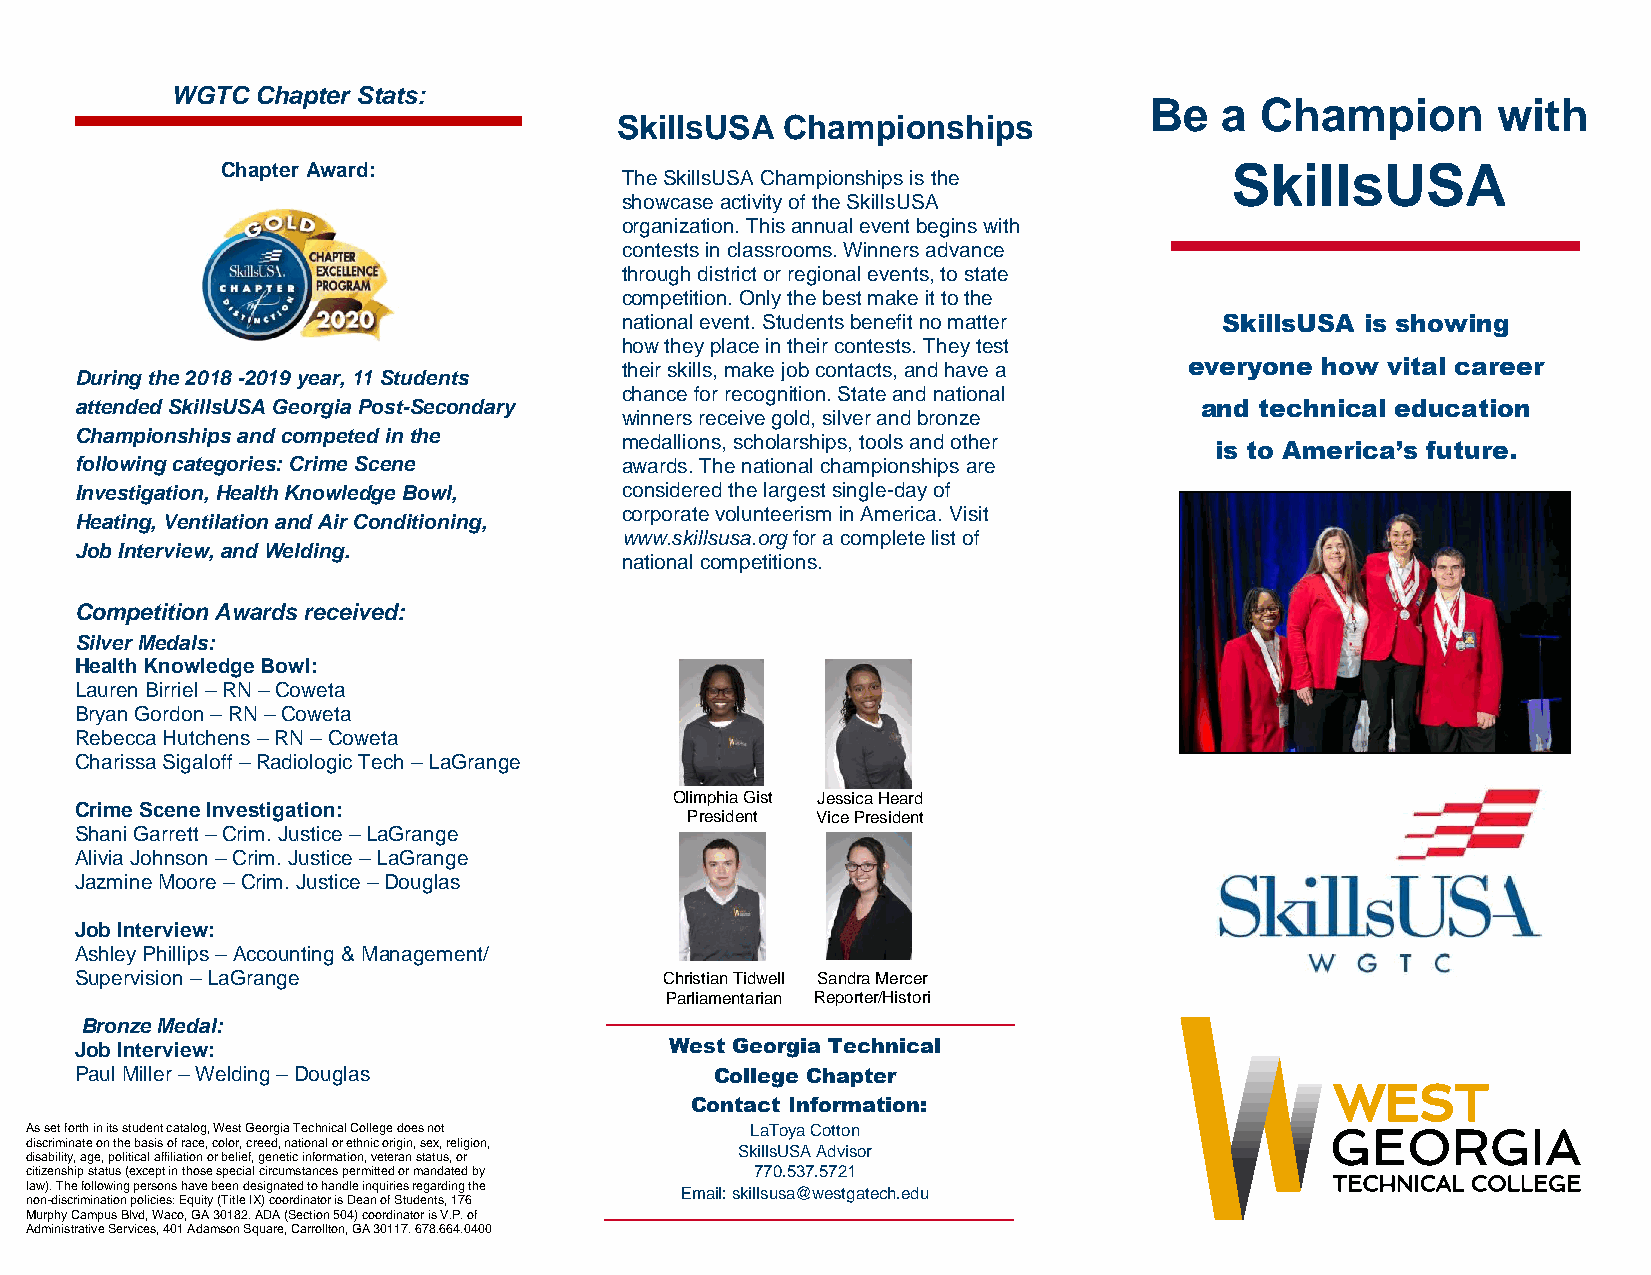
WGTC  Chapter Stats:
 Be   a Champion        with
 SkillsUSA  Championships
 Chapter Award:                                                    SkillsUSA
 The SkillsUSA Championships is the
 showcase activity of the SkillsUSA
 organization. This annual event begins with
 contests in classrooms. Winners advance
 through district or regional events, to state
 competition. Only the best make it to the
 national event. Students benefit no matter SkillsUSA is showing
 how they place in their contests. They test
 During tchved 2s0c1s8c -s2w01s9c sy ear, 11 Students their skills, make job contacts, and have a everyone how vital career
 chance for recognition. State and national
 attended SkillsUSA Georgia Post-Secondary                                 and technical education
 winners receive gold, silver and bronze
 Champi onships and competed in the  medallions, scholarships, tools and other
 is to America’s future.
 followin g categories: Crime Scene  awards. The national championships are
 Investig ation, Health Knowledge Bowl, considered the largest single-day of
 Heating , Ventilation and Air Conditioning,
 corporate volunteerism in America. Visit
 www.skillsusa.org for a complete list of
 Job Inte rview, and Welding.
 national competitions.
 Competition Awards received:
 Silver Medals:
 Health K nowledge Bowl:
 Lauren Birriel – RN – Coweta
 Bryan Gordon – RN – Coweta
 Rebecca Hutchens – RN – Coweta
 Charissa Sigaloff – Radiologic Tech – LaGrange
 Olimphia Gist Jessica Heard
 Crime Scene Investigation:
 President Vice President
 Shani Garrett – Crim. Justice – LaGrange
 Alivia Johnson – Crim. Justice – LaGrange
 Jazmine Moore – Crim. Justice – Douglas
 Job Interview:
 Ashley Phillips – Accounting & Management/
 Supervision – LaGrange                 Christian Tidwell Sandra Mercer
 Parliamentarian Reporter/Histori
 an
 Bronze Medal:
 Job Interview:                         West Georgia Technical
 Paul Miller – Welding – Douglas           College Chapter
 Contact Information:
 As set forth in its student catalog, West Georgia Technical College does not LaToya Cotton
 discriminate on the basis of race, color, creed, national or ethnic origin, sex, religion,
 SkillsUSA Advisor
 disability, age, political affiliation or belief, genetic information, veteran status, or
 citizenship status (except in those special circumstances permitted or mandated by 770.537.5721
 law). The following persons have been designated to handle inquiries regarding the Email: skillsusa@westgatech.edu
 non-discrimination policies: Equity (Title IX) coordinator is Dean of Students, 176
 Murphy C ampus Blvd, Waco, GA 30182. ADA (Section 504) coordinator is V.P. of
 Administrative Services, 401 Adamson Square, Carrollton, GA 30117. 678.664.0400